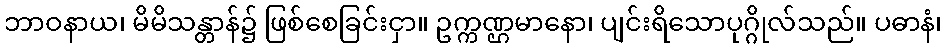
ဘာဝနာယ၊ မိမိသန္တာန်၌ ဖြစ်စေခြင်းငှာ။ ဥက္ကဏ္ဌမာနော၊ ပျင်းရိသောပုဂ္ဂိုလ်သည်။ ပဓာနံ၊